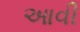
આવી